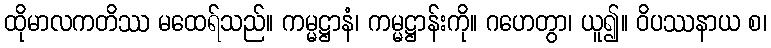
ထိုမာလကတိဿ မထေရ်သည်။ ကမ္မဋ္ဌာနံ၊ ကမ္မဋ္ဌာန်းကို။ ဂဟေတွာ၊ ယူ၍။ ဝိပဿနာယ စ၊